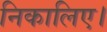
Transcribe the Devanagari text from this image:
निकालिए।